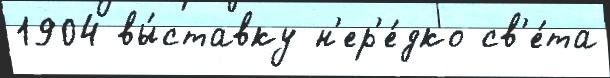
1904 вы́ставку н'ер'е́дко св'е́та